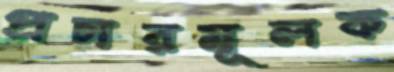
প্রচারমূলক